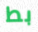
بط